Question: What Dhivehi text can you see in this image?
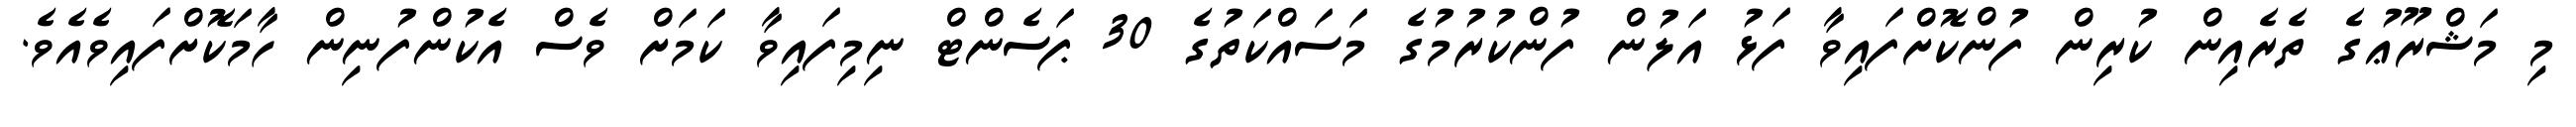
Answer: މި މަޝްރޫޢުގެ ތެރެއިން ކުރިން ފުންކޮށްފައިވާ ފަޅު އަލުން ފުންކުރުމުގެ މަސައްކަތުގެ 30 ޕަސެންޓް ނިމިފައިވާ ކަމަށް ވެސް އެކުންފުނިން ހާމަކޮށްފައިވެއެވެ.